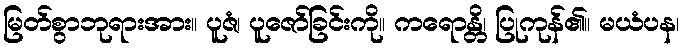
မြတ်စွာဘုရားအား။ ပူဇံ၊ ပူဇော်ခြင်းကို။ ကရောန္တိ၊ ပြုကုန်၏။ မယံပန၊